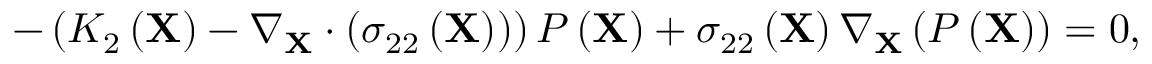
- \left( K _ { 2 } \left( \mathbf { X } \right) - \nabla _ { \mathbf { X } } \cdot \left( \sigma _ { 2 2 } \left( \mathbf { X } \right) \right) \right) P \left( \mathbf { X } \right) + \sigma _ { 2 2 } \left( \mathbf { X } \right) \nabla _ { \mathbf { X } } \left( P \left( \mathbf { X } \right) \right) = 0 ,